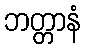
ဘတ္တာနံ